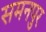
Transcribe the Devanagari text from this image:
समनपुर